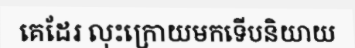
គេដែរ លុះក្រោយមកទើបនិយាយ